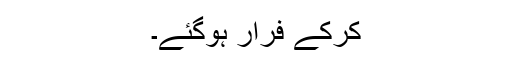
کرکے فرار ہوگئے۔